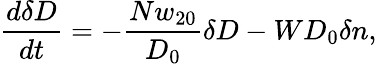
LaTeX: \frac{d\delta D}{dt}=-\frac{Nw_{20}}{D_{0}}\delta D-WD_{0}\delta n,